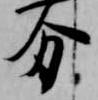
分